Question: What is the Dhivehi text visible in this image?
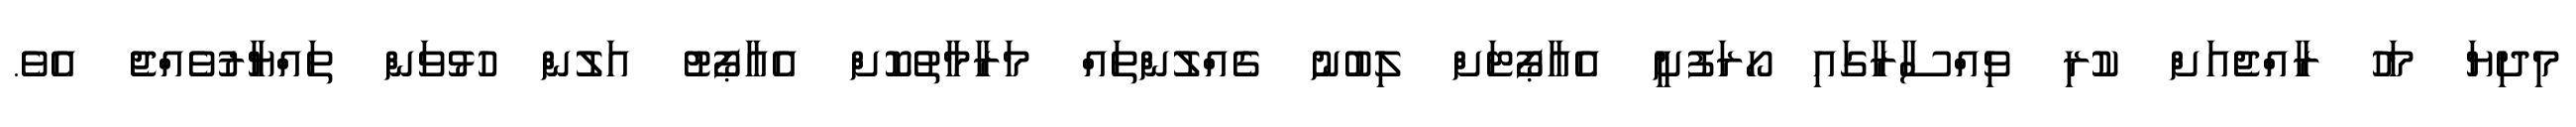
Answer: މިދިޔަ މަހު ރާއްޖެއަށް ކުރި ވިއްސާރާގައި ހޯރަފުށީ އެއާޕޯޓަށް ލިބުނު ގެއްލުންތައް މަރާމާތުކޮށް އެއާޕޯޓު އަލުން ހުޅުވަން ތައްޔާރުވެއްޖެ އެވެ.